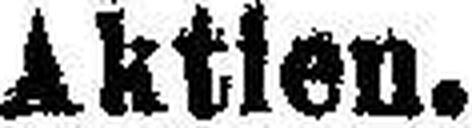
Aktien.